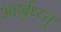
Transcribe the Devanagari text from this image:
अहर्बुध्य्त्